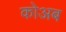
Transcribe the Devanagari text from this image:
कोअब